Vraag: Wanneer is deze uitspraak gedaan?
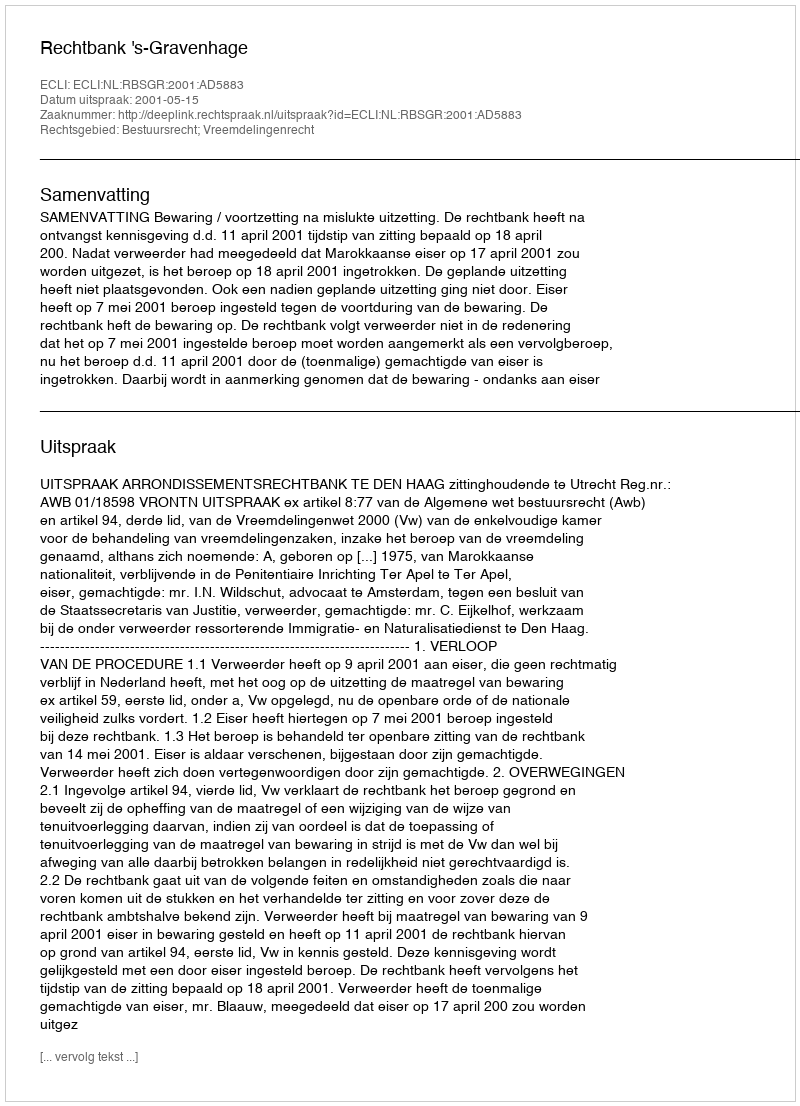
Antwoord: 2001-05-15